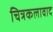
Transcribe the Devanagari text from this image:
चित्रकलावाद